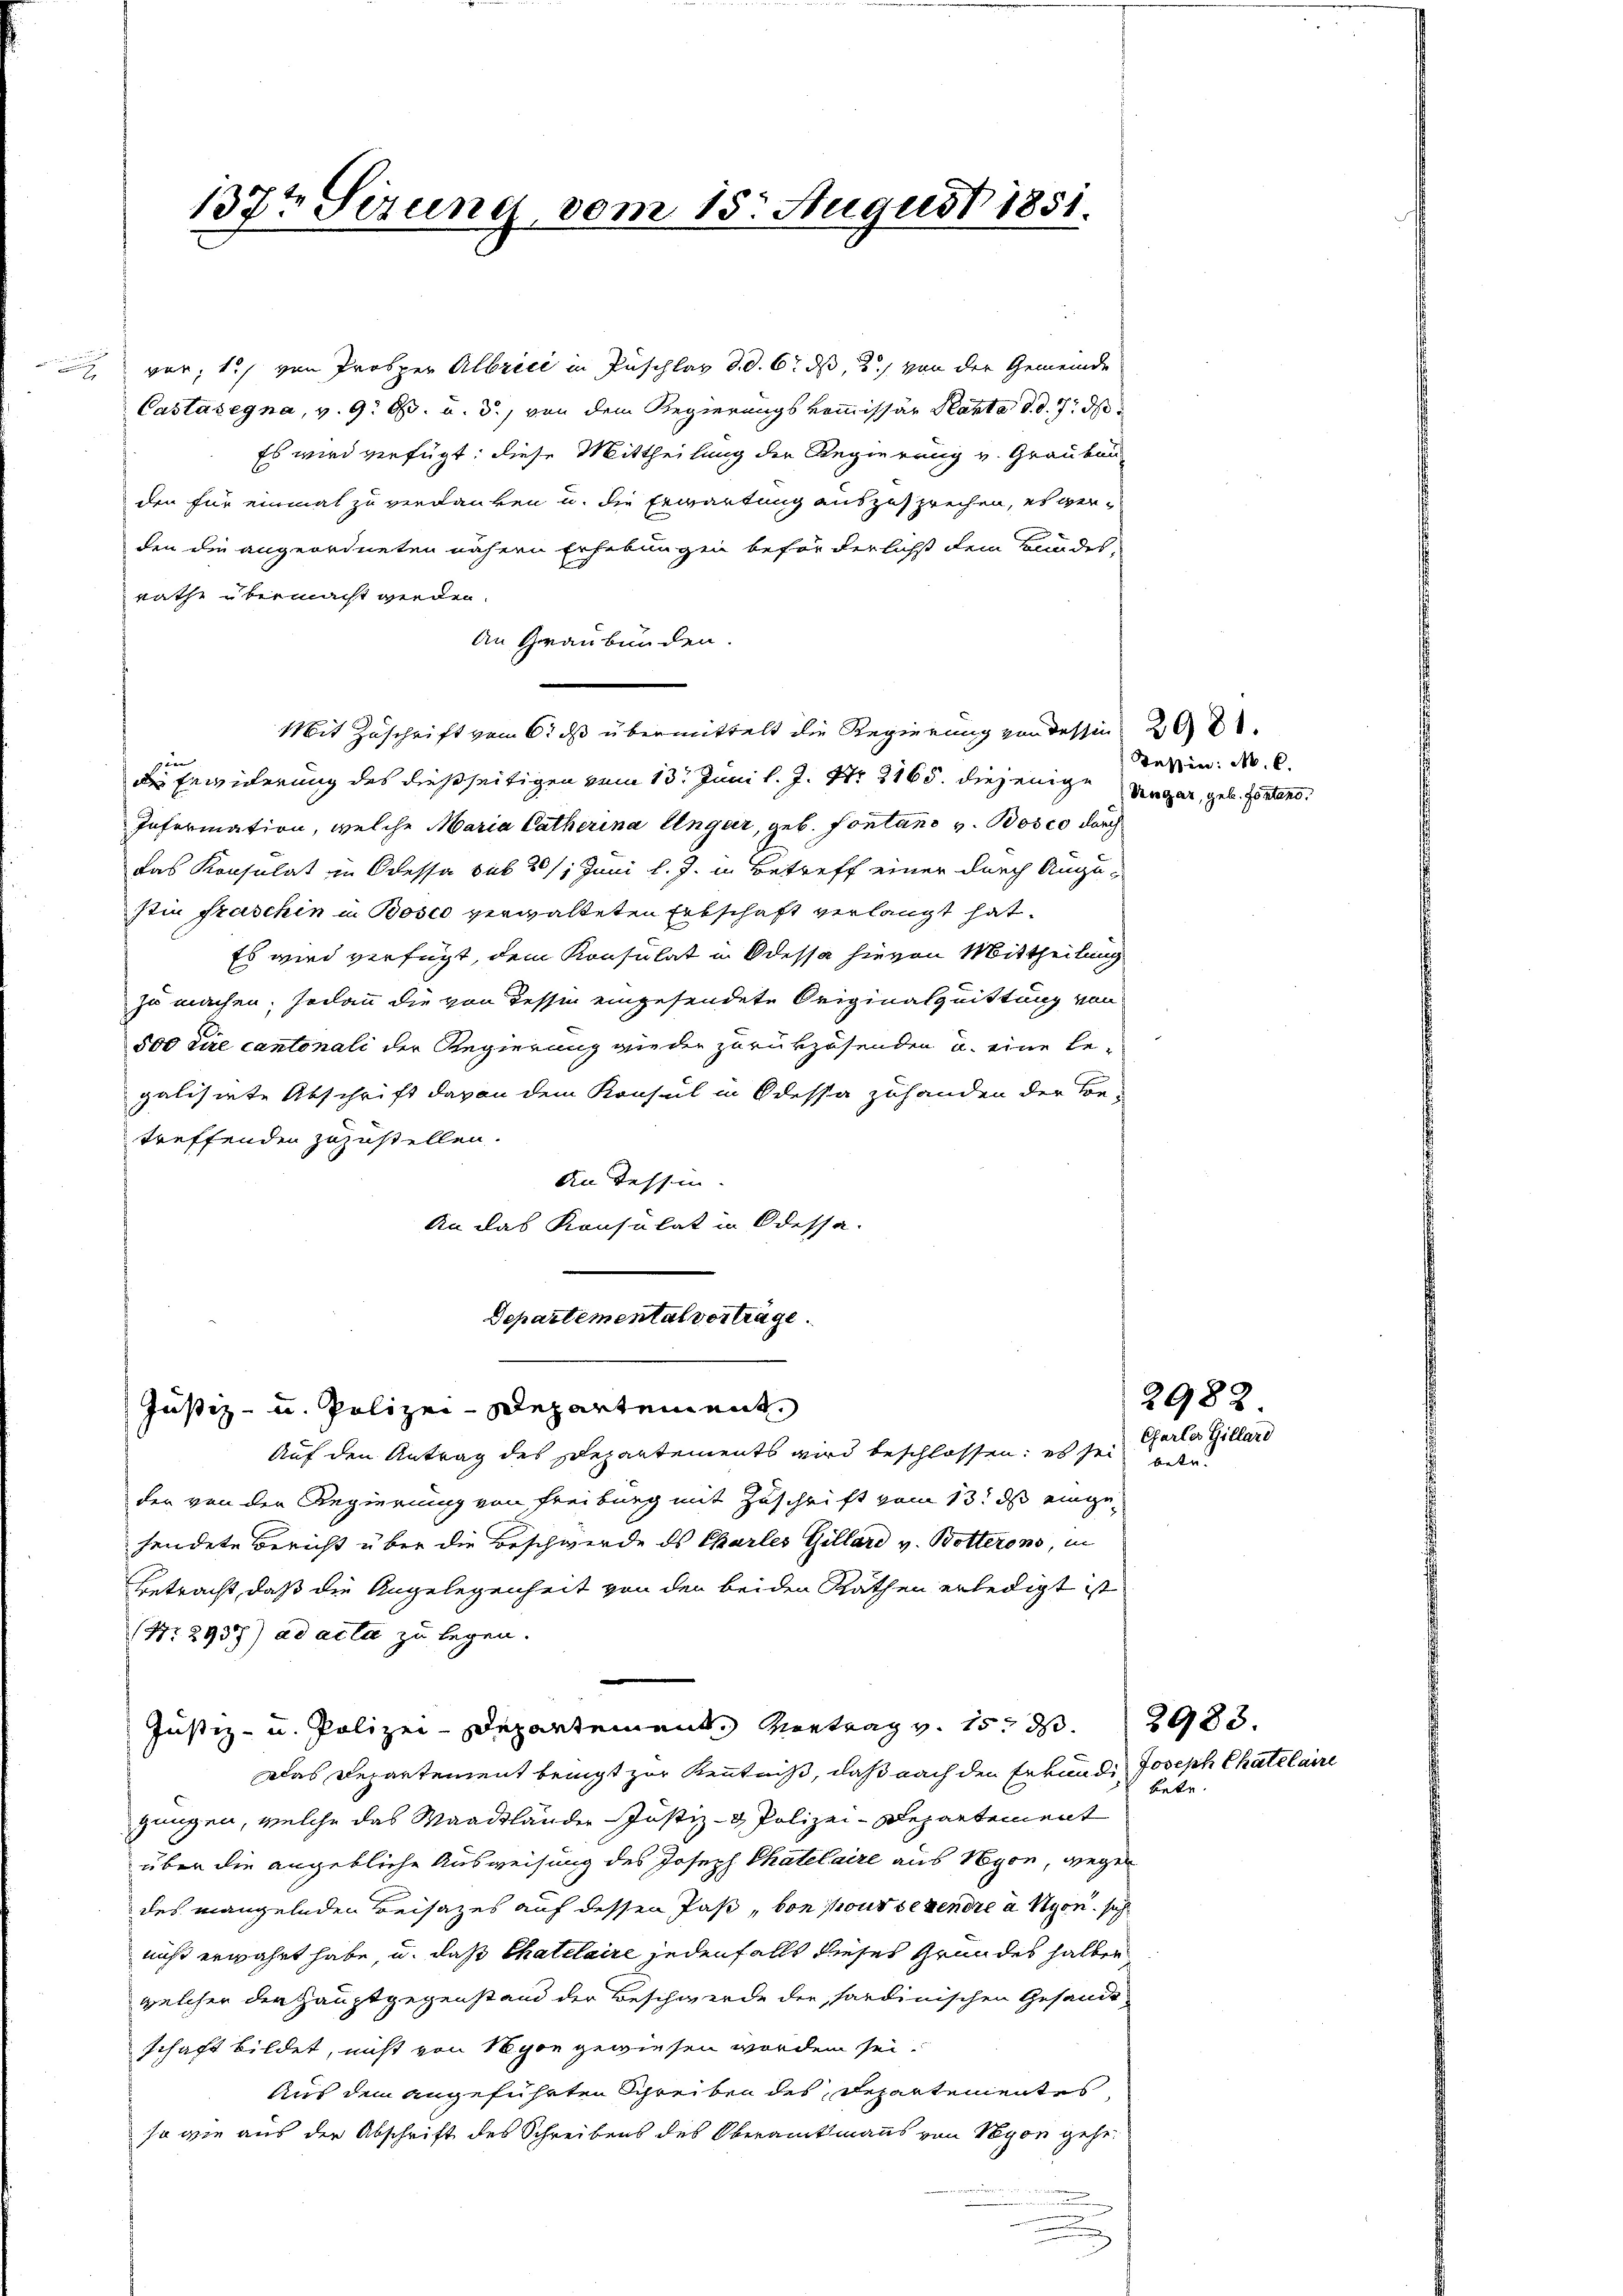
137te Serung vom 15. August 1851.

vor; 1., von Prosper Albrici in Puschlag d. d. 6. ds, 2. von der Gemeinde
Castasegna, v. 9. O. u. d., von dem Regierungskommissär Kanta d. d. 7. ds
Es wird verfügt: diese Mittheilung der Regierung v. Graubau
den für einmal zu verdanken u. die Erwartung auszusprechen, es verden die angeordneten nähern Erhebungen befür derlichst dem Bundes-
rathe übermacht werden.
An Graubünden.
Mit Zuschrift vom 6. ds übermittelt die Regierung von dessen 29.
sin
die Erwiderung des dießseitigen vom 13t Juni l. J. Nr. 3165. diejenige
Information, welche Maria Catherina Unger, geb. Fontano v. Bosco durch
das Konsulat in Odessa sub 2/1 Juni l. J. in Betreff einer durch Angestin Fraschin in Bosco verwalteten Entschaft verlangt hat.
Es wird verfügt, dem Konsulat in Odessa hievon Mittheilung
zu machen; sodann die von dessen eingesendete Originalquittung von
500 die cantonali der Regierung wieder zurükzusenden u. eine be-
galisirte Abschrift davon dem Konsul in Odessa zuhanden der Be-
treffenden zuzustellen.
An Tessin. |
An das Konsulat in Odessa-
Departemental vortrage.

Justiz- u. Polizei-Departement
Auf den Antrag des separtements wird beschlossen; es sei
der von der Regierung von Freiburg mit Zuschrift vom 13t ds eingehendete Bericht über die Beschwerde ds Charles Gillard v. Botterons, in
betracht, daß die Angelegenheit von den beiden Rathen erledigt ist
(Nr. 2937) ad acta zu legen.
Justiz- u. Polizei-Departement. Vertrag v. 15. d. 2983.
Das Departement bringt zur Kenntniß, daß nach den Erkunde Joseph Chatelaire
gungen, welche das Waadtländer Justiz- & Polizei-Departement
über die angebliche Ausweisung des Joseph Chatelaire aus Nyon, wegen
des mangelnden Beisatzes auf dessen Past, von sous sehendre à Nyon sich
nicht erwährt habe, u. daß Chatelaire jedenfalls dieses Grundes halben
welcher der Hauptgegenstand der Beschwerde der, sardinischen Gesandt
schaft bildet, nicht von Nyon gewiesen worden sei.
Aus dem angeführten Schreiben des Departementes,
so wie aus der Abschrift des Schreibens des Oberamtmanns von Nyon gehe
n

Tessin: M. C.
Vengar, geb. Fontend.

betr.

2982
Garler Gillard
anter